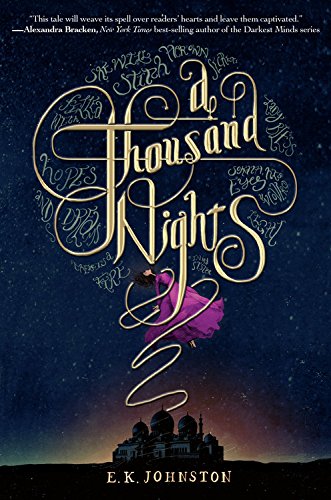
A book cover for A Thousand Nights; E.K. Johnston; Teen & Young Adult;